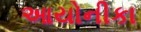
આયોનીકા